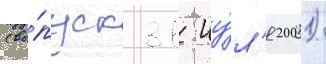
(вы́пуск 31 иу́л'я 2001)